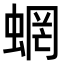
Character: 蝄